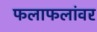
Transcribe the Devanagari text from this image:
फलाफलांवर